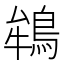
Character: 鴾